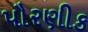
પૌરણીક